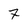
Character: 7